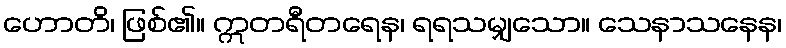
ဟောတိ၊ ဖြစ်၏။ ဣတရီတရေန၊ ရရသမျှသော။ သေနာသနေန၊